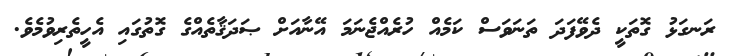
ރަނގަޅު ގޮތަކީ ދެވޭފަދަ ތަނަވަސް ކަމެއް ހުރެއްޖެނަމަ އޭނާއަށް ޞަދަޤާތެއްގެ ގޮތުގައި އެހީތެރިވުމެވެ.